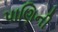
પાણિની